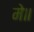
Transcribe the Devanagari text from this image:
मे॥